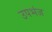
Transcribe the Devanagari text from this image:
उपभंज